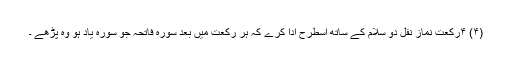
(۴) ۴رکعت نمازِ نفل دو سلام کے ساتھ اسطرح ادا کرے کہ ہر رکعت میں بعد سورہ فاتحہ جو سورہ یاد ہو وہ پڑھے ۔